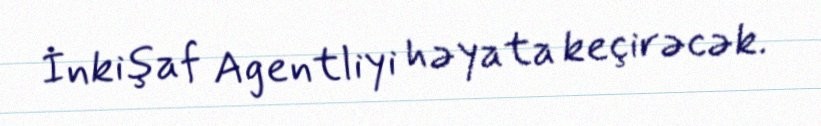
İnkişaf Agentliyi həyata keçirəcək.